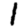
Digit: 1